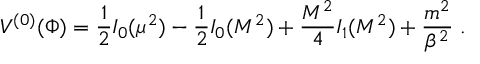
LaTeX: { \cal V } ^ { ( 0 ) } ( \Phi ) = { \frac { 1 } { 2 } } I _ { 0 } ( \mu ^ { 2 } ) - { \frac { 1 } { 2 } } I _ { 0 } ( { \cal M } ^ { 2 } ) + { \frac { { \cal M } ^ { 2 } } { 4 } } I _ { 1 } ( { \cal M } ^ { 2 } ) + { \frac { m ^ { 2 } } { \beta ^ { 2 } } } \; .